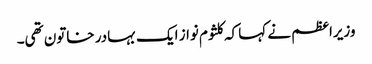
وزیراعظم نے کہا کہ کلثوم نواز ایک بہادر خاتون تھی۔